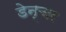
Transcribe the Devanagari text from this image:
डेन्चर